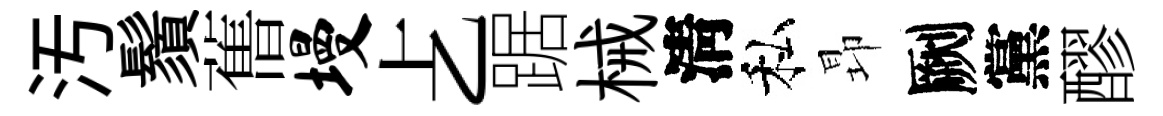
汚鬚𦾔墁𠧒踞械淸私昻劂黨醪